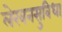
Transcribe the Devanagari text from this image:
लेखनसुविधा